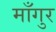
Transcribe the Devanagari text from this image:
माँगुर